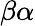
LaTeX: \beta\alpha